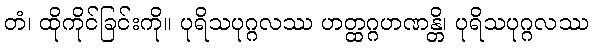
တံ၊ ထိုကိုင်ခြင်းကို။ ပုရိသပုဂ္ဂလဿ ဟတ္ထဂ္ဂဟဏန္တိ၊ ပုရိသပုဂ္ဂလဿ